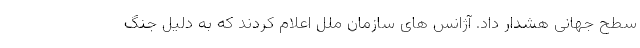
سطح جهانی هشدار داد. آژانس های سازمان ملل اعلام کردند که به دلیل جنگ